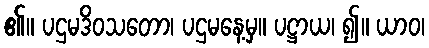
၏။ ပဌမဒိဝသတော၊ ပဌမနေ့မှ။ ပဋ္ဌာယ၊ ၍။ ယာဝ၊